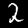
Digit: 2